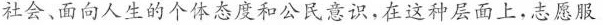
社会、面向人生的个体态度和公民意识，在这种层面上，志愿服